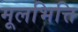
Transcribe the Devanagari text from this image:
मूलभित्ति